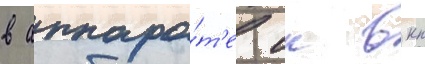
в аппара́т'е цк вкп